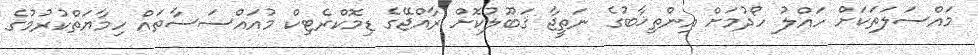
މައްސަލަތަކަށް ހައްލު ހޯދުމަށް އިންތިޚާބުގެ ނަތީޖާ ޤަބޫލުކޮށް ރާއްޖޭގެ ޑިމޮކްރެޓިކް މުއައްސަސާތައް ހިމާޔަތްކުރުމުގެ